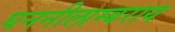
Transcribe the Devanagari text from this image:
घननीलाम्बराय